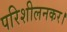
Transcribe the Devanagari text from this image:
परिशीलनकर।